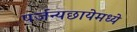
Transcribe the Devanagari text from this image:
पर्जन्यछायेमध्ये